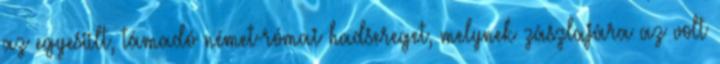
az egyesült, támadó német-római hadsereget, melynek zászlajára az volt